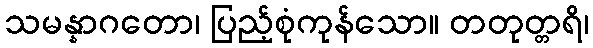
သမန္နာဂတော၊ ပြည့်စုံကုန်သော။ တတုတ္တရိ၊